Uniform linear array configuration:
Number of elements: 24
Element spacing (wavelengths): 0.5
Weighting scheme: uniform
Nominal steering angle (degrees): -30
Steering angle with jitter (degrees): -31.991
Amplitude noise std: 0.05
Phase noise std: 0.05

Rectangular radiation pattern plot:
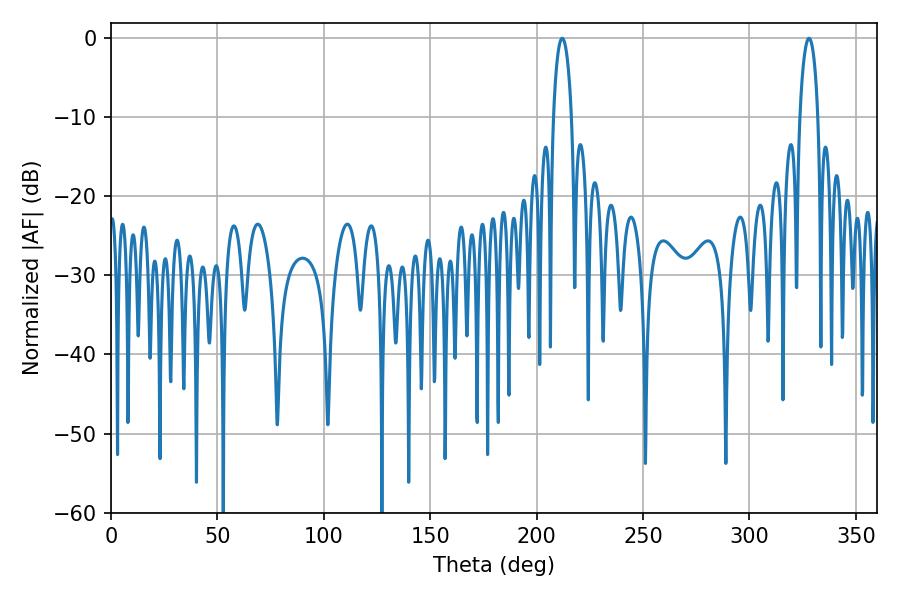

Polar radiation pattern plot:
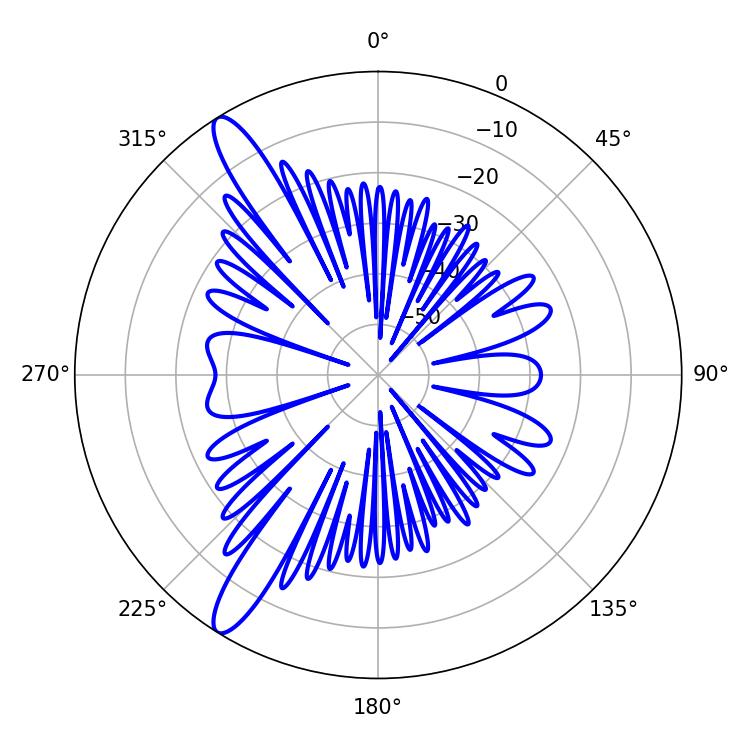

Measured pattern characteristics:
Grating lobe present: FALSE
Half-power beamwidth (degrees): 4.68
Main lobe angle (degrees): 212.04